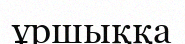
ұршыққа